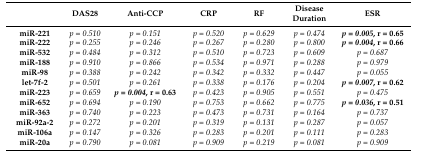
<table><thead><tr><td></td><td><b>DAS28</b></td><td><b>Anti-CCP</b></td><td><b>CRP</b></td><td><b>RF</b></td><td><b>Disease Duration</b></td><td><b>ESR</b></td></tr></thead><tbody><tr><td><b>miR-221</b></td><td><i>p = 0.510</i></td><td><i>p = 0.151</i></td><td><i>p = 0.520</i></td><td><i>p = 0.629</i></td><td><i>p = 0.474</i></td><td><b><i>p = 0.005</i>, r = 0.65</b></td></tr><tr><td><b>miR-222</b></td><td><i>p = 0.255</i></td><td><i>p = 0.246</i></td><td><i>p = 0.267</i></td><td><i>p = 0.280</i></td><td><i>p = 0.800</i></td><td><b><i>p = 0.004</i>, r = 0.66</b></td></tr><tr><td><b>miR-532</b></td><td><i>p = 0.484</i></td><td><i>p = 0.312</i></td><td><i>p = 0.510</i></td><td><i>p = 0.723</i></td><td><i>p = 0.609</i></td><td><i>p = 0.687</i></td></tr><tr><td><b>miR-188</b></td><td><i>p = 0.910</i></td><td><i>p = 0.866</i></td><td><i>p = 0.534</i></td><td><i>p = 0.971</i></td><td><i>p = 0.288</i></td><td><i>p = 0.979</i></td></tr><tr><td><b>miR-98</b></td><td><i>p = 0.388</i></td><td><i>p = 0.242</i></td><td><i>p = 0.342</i></td><td><i>p = 0.332</i></td><td><i>p = 0.447</i></td><td><i>p = 0.055</i></td></tr><tr><td><b>let-7f-2</b></td><td><i>p = 0.501</i></td><td><i>p = 0.261</i></td><td><i>p = 0.338</i></td><td><i>p = 0.176</i></td><td><i>p = 0.204</i></td><td><b><i>p = 0.007</i>, r = 0.62</b></td></tr><tr><td><b>miR-223</b></td><td><i>p = 0.659</i></td><td><b><i>p = 0.004</i>, r = 0.63</b></td><td><i>p = 0.423</i></td><td><i>p = 0.905</i></td><td><i>p = 0.551</i></td><td><i>p = 0.475</i></td></tr><tr><td><b>miR-652</b></td><td><i>p = 0.694</i></td><td><i>p = 0.190</i></td><td><i>p = 0.753</i></td><td><i>p = 0.662</i></td><td><i>p = 0.775</i></td><td><b><i>p = 0.036</i>, r = 0.51</b></td></tr><tr><td><b>miR-363</b></td><td><i>p = 0.740</i></td><td><i>p = 0.223</i></td><td><i>p = 0.473</i></td><td><i>p = 0.731</i></td><td><i>p = 0.164</i></td><td><i>p = 0.737</i></td></tr><tr><td><b>miR-92a-2</b></td><td><i>p = 0.272</i></td><td><i>p = 0.201</i></td><td><i>p = 0.319</i></td><td><i>p = 0.131</i></td><td><i>p = 0.287</i></td><td><i>p = 0.057</i></td></tr><tr><td><b>miR-106a</b></td><td><i>p = 0.147</i></td><td><i>p = 0.326</i></td><td><i>p = 0.283</i></td><td><i>p = 0.201</i></td><td><i>p = 0.111</i></td><td><i>p = 0.283</i></td></tr><tr><td><b>miR-20a</b></td><td><i>p = 0.790</i></td><td><i>p = 0.081</i></td><td><i>p = 0.909</i></td><td><i>p = 0.219</i></td><td><i>p = 0.081</i></td><td><i>p = 0.909</i></td></tr></tbody></table>